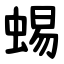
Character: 蜴